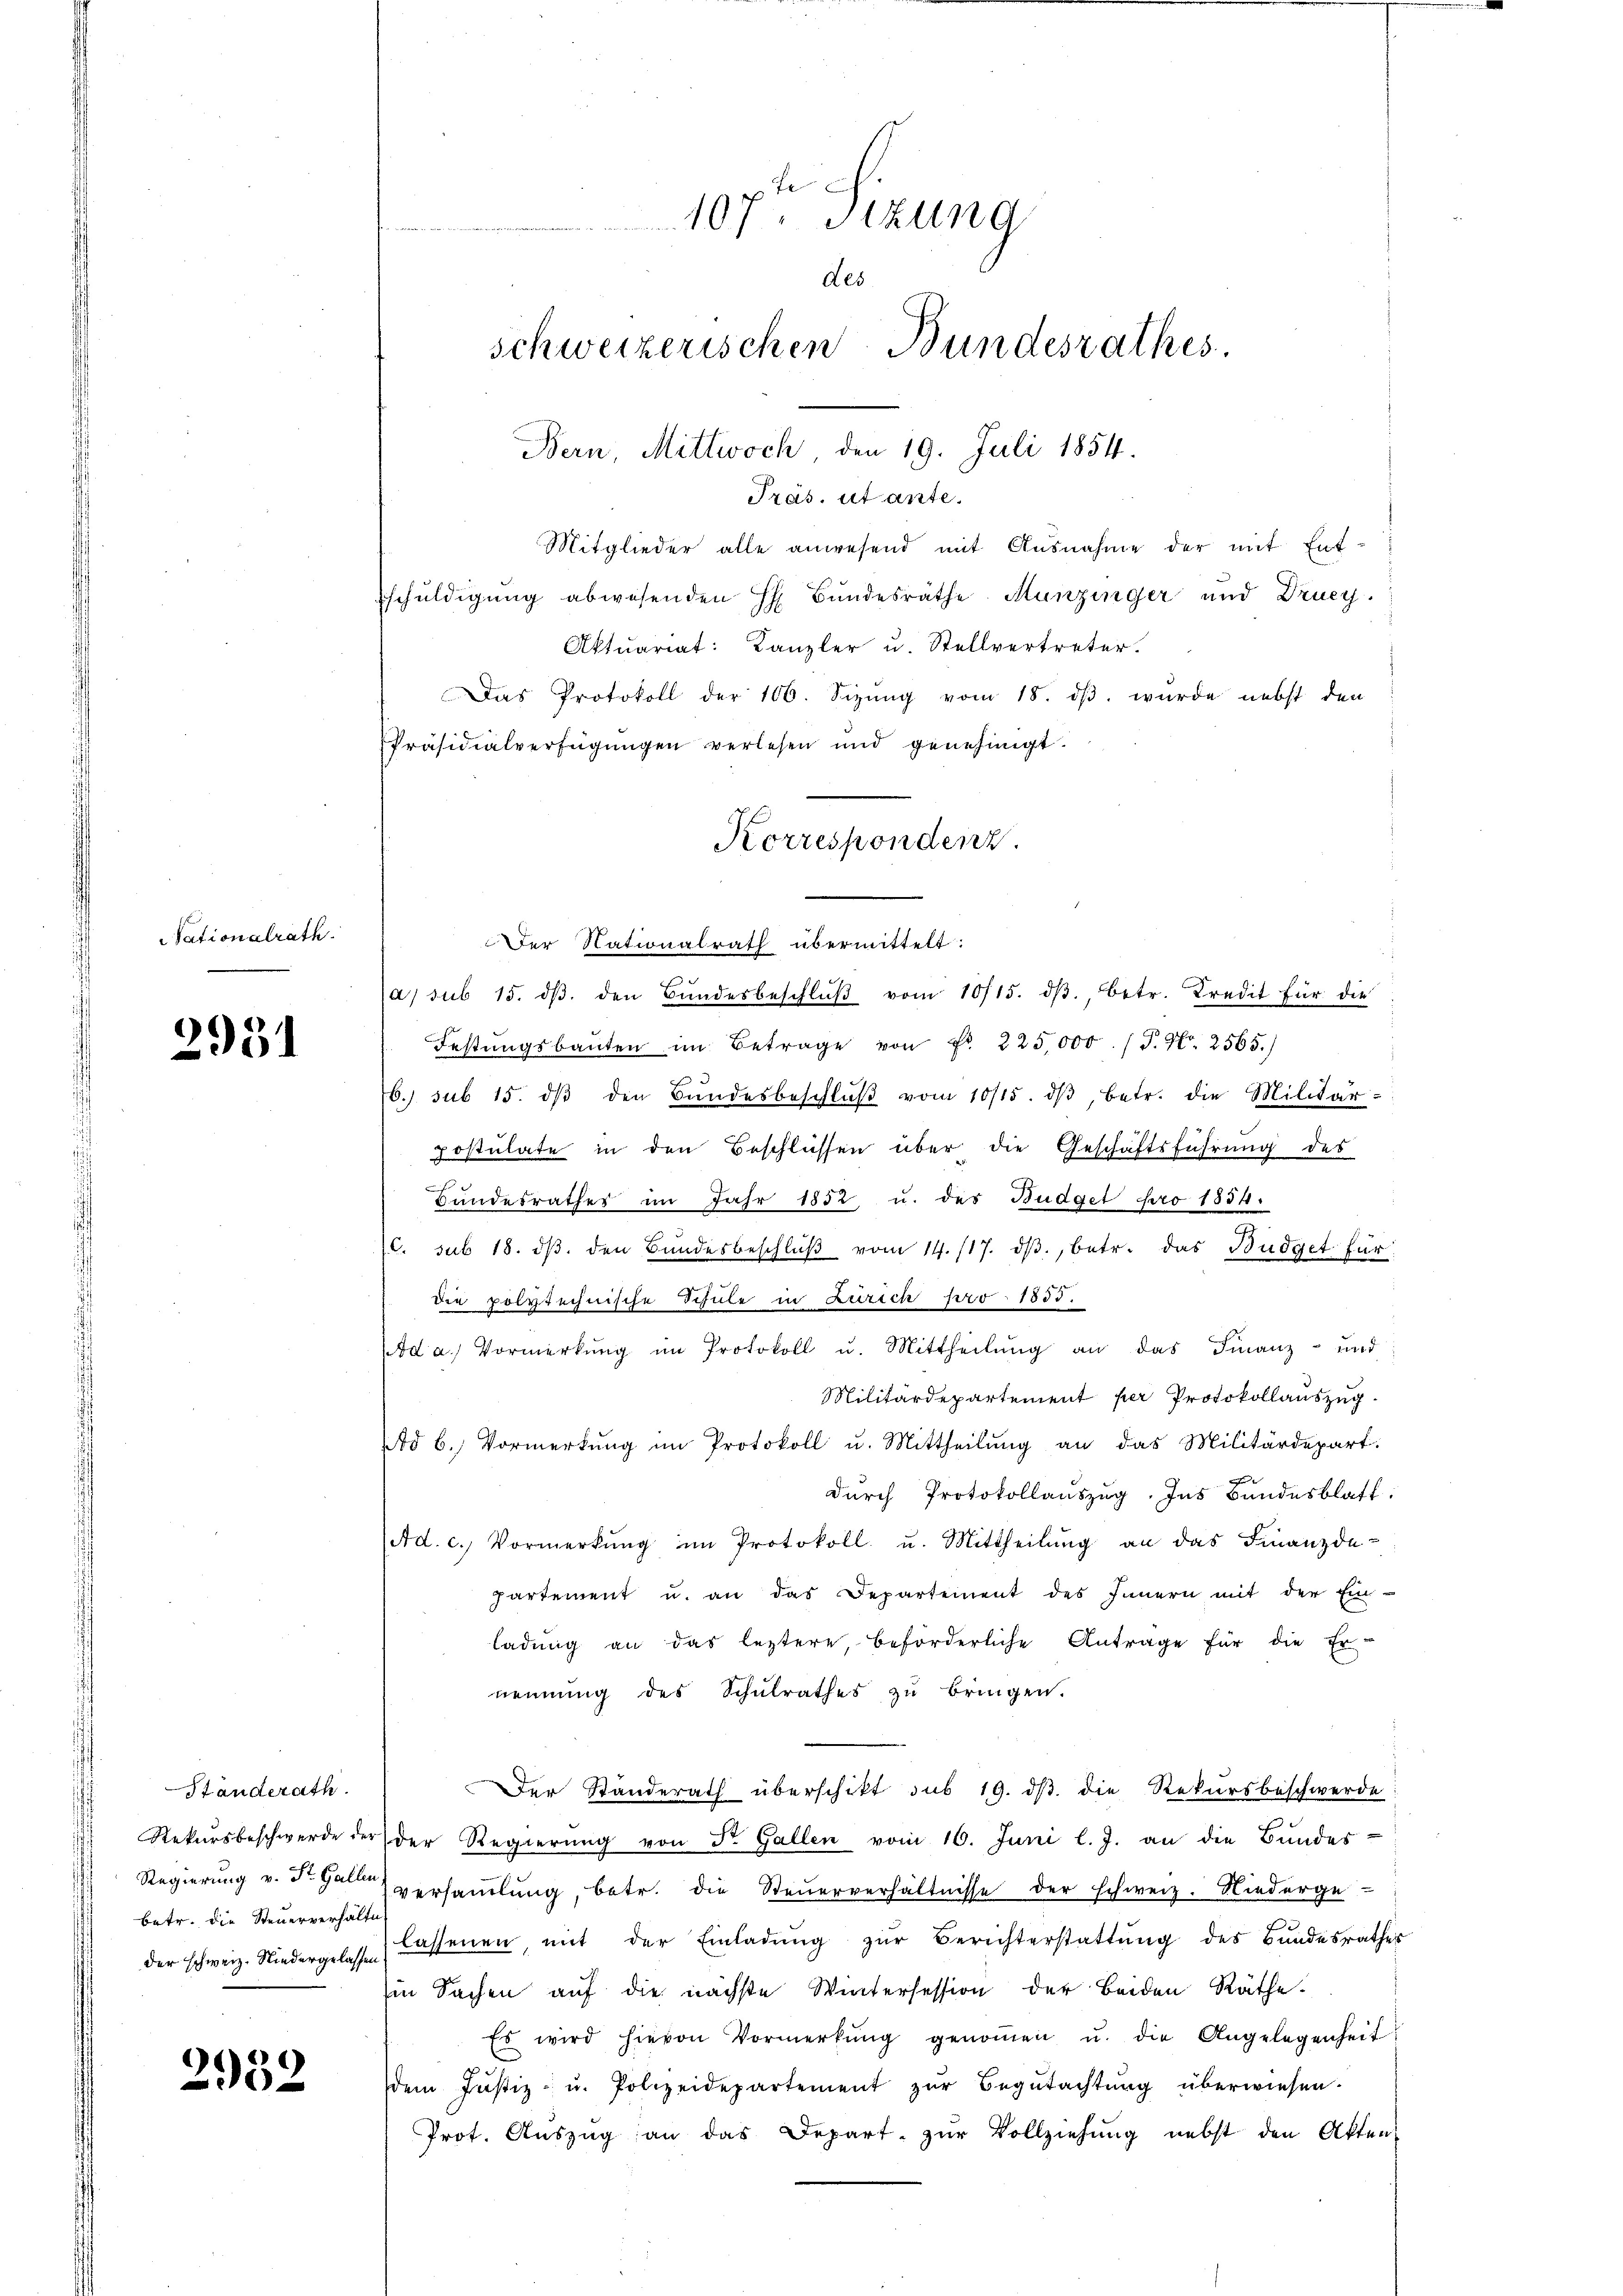
ationalrath.

2951

Standerath
betr. die Steuerverhältn

2932

Präs. ut ante.
Mitglieder alle anwesend mit Ausnahme der mit Ent-
schuldigung abwesenden H. Bundesräthe Munzinger und Drucy.
Aktuariat: Kanzler u. Stellvertreter.
Das Protokoll der 106. Sizŭng vom 18. dβ. wurde nebst den
Präsidialverfügungen verlesen und genehmigt.
e
la sub 15. dβ. den Bŭndesbeschlŭβ vom 10/15. dβ., betr. Kredit für die
Festungsbaŭten im Betrage von Fr. 225,000. / P. Nr. 2565.)
6. sub 15. dβ den Bŭndesbeschlŭβ vom 10/15. dβ, betr. die Militär-
postulate in den Beschlüssen über die Geschäftsführung des
Handesrathes im Jahr 1852 u. des Budget pro 1834.
c. sub 18. dβ. den Bŭndesbeschlŭβ vom 14. 117. dβ, betr. das Büdget für
die polytechnische Schule in Zürich pro 1855.
Ad a. Vormerkŭng im Protokoll u. Mittheilŭng an das Finanz- und
Militärdepartement per Protokollauszug.
d b. Vormerkŭng im Protokoll u. Mittheilŭng an das Militärdepart.
durch Protokollauszug. Ins Bundesblatt.
Ad. c. Vormerkŭng im Protokoll u. Mittheilŭng an das Finanzde-
partement u. an das Departement des Innern mit der Einladŭng an das leztere, beförderliche Antrage für die Er-
nennung des Schŭlrathes zŭ bringen.
Der Standerath überschikt sub 19. dβ die Rekursbeschwerde
Rekursbeschwerde der der Regierŭng von St. Gallen vom 16. Juni l. J. an die Bundes-
Regierung v. Frau versaṁlŭng, betr. die Steŭerverhältnisse der schweiz. Niederge-
der schweiz. Niedergelassen lassenen, mit der Einladŭng zŭr Berichterstattŭng des Bundesrathes
Ein Sachen auf die nächste Wintersession der Beiden Räthe.
Es wird hievon Vormerkŭng genoṁen u. die Angelegenheit
dem Justiz- u. Polizeidepartement zŭr Begŭtachtŭng überwiesen.
Prot. Auszug an das Depart zur Vollziehung nebst den Akten

107ten Sizung
des
schweizerischen Bundesrathes.
Bern, Mittwoch, den 19. Juli 1854.

Korrespondenz.
Der Nationalrath übermittelt: